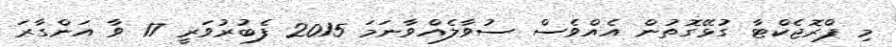
މި ޕްރޮޖެކްޓާ ގުޅޭގޮތުން އެއްވެސް ސުވާލެއްވާނަމަ 2015 ފެބުރުވަރީ 17 ވާ އަންގާރަ